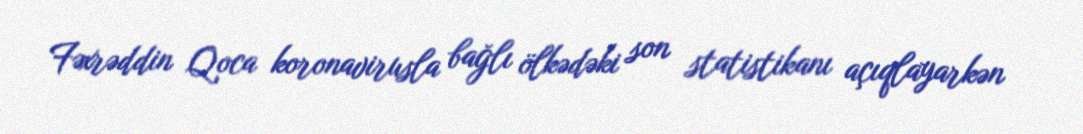
Fəxrəddin Qoca koronavirusla bağlı ölkədəki son statistikanı açıqlayarkən